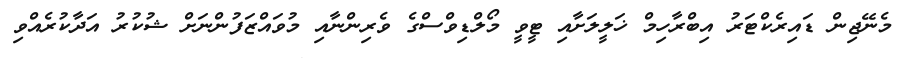
މެނޭޖިން ޑައިރެކްޓަރު އިބްރާހިމް ޚަލީލަށާއި ޓީވީ މޯލްޑިވްސްގެ ވެރިންނާއި މުވައްޒަފުންނަށް ޝުކުރު އަދާކުރެއްވި